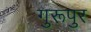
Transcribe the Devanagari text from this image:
गुरूपुर